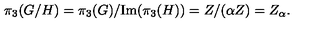
\pi _ { 3 } ( G / H ) = \pi _ { 3 } ( G ) / \mathrm { I m } ( \pi _ { 3 } ( H ) ) = Z / ( \alpha Z ) = Z _ { \alpha } .